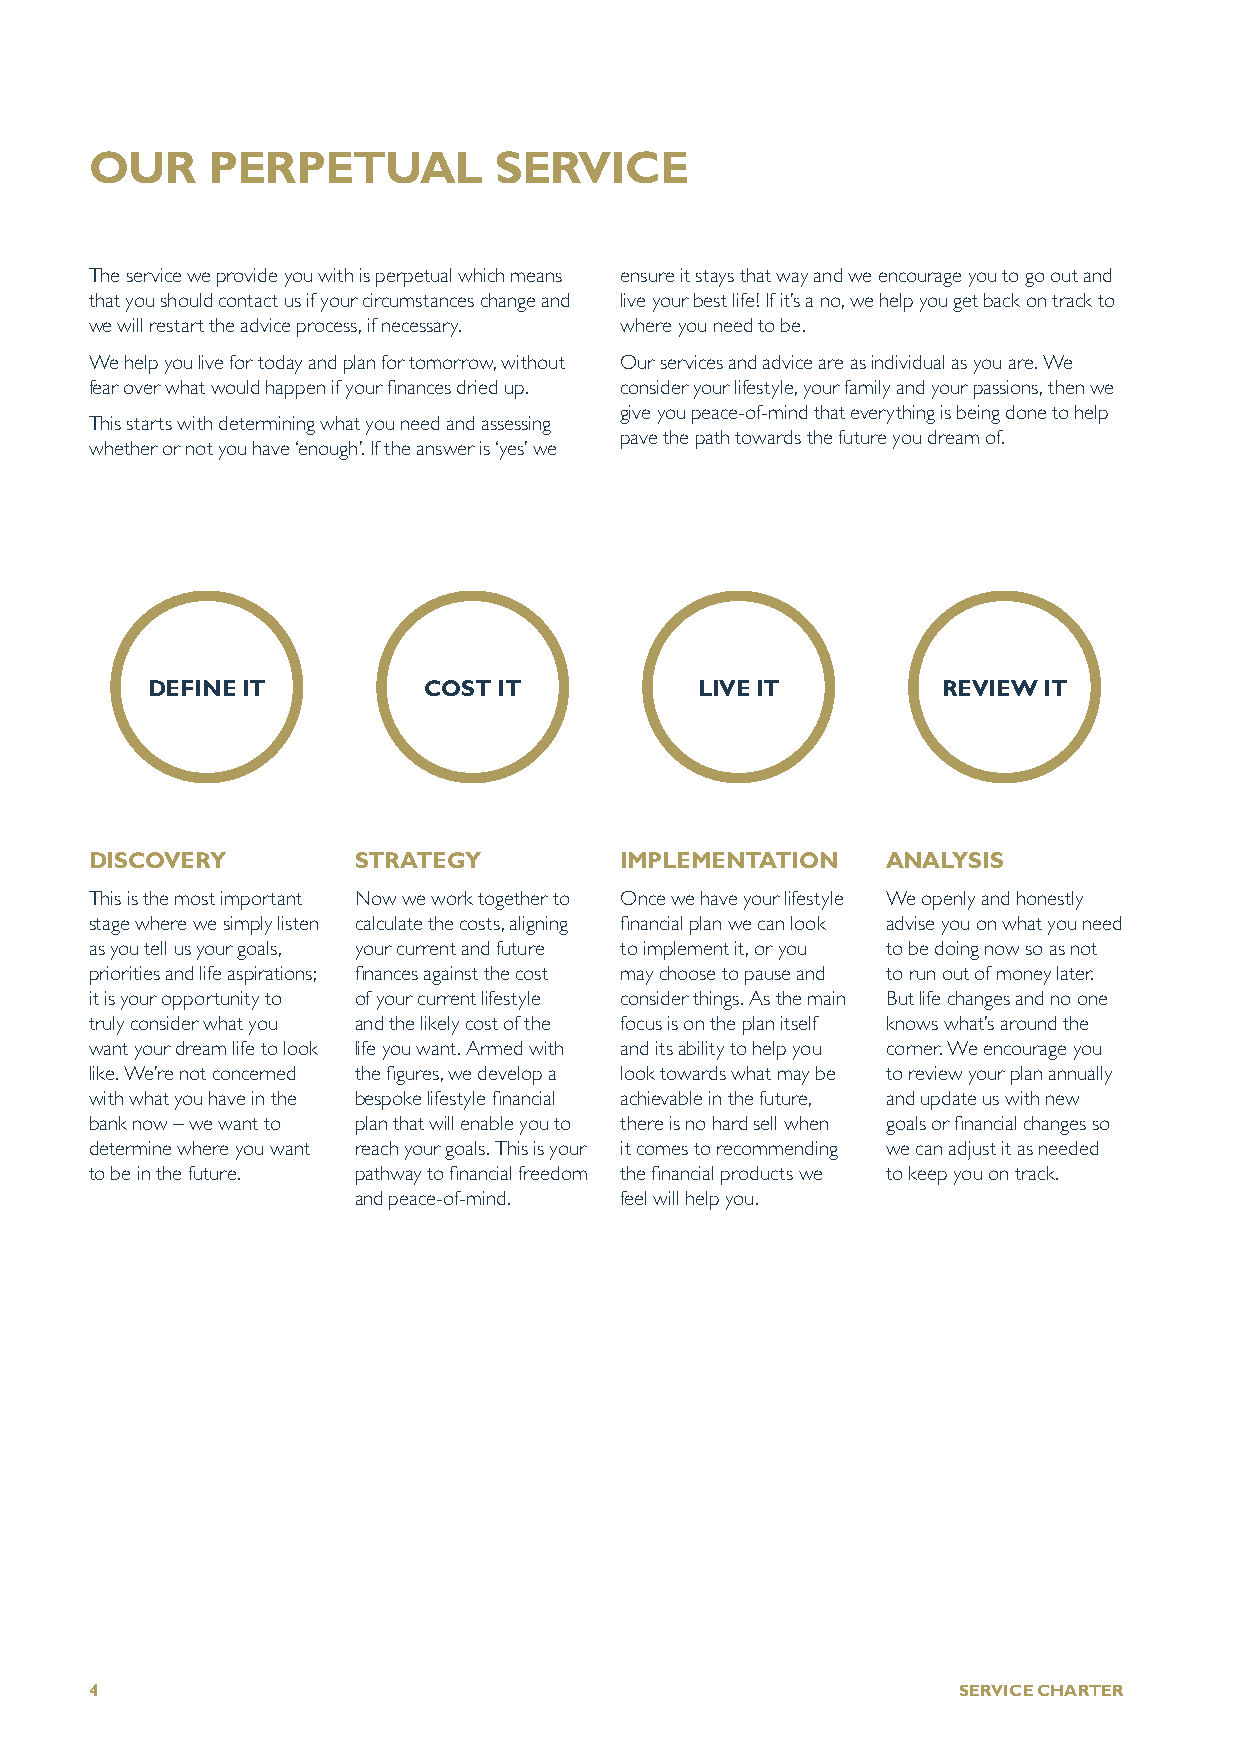
OUR     PERPETUAL          SERVICE
 The service we provide you with is perpetual which means ensure it stays that way and we encourage you to go out and
 that you should contact us if your circumstances change and live your best life! If it’s a no, we help you get back on track to
 we will restart the advice process, if necessary. where you need to be.
 We help you live for today and plan for tomorrow, without Our services and advice are as individual as you are. We
 fear over what would happen if your finances dried up. consider your lifestyle, your family and your passions, then we
 give you peace-of-mind that everything is being done to help
 This starts with determining what you need and assessing
 pave the path towards the future you dream of.
 whether or not you have ‘enough’. If the answer is ‘yes’ we
 DEFINE IT         COST IT           LIVE IT         REVIEW IT
 DISCOVERY        STRATEGY          IMPLEMENTATION    ANALYSIS
 This is the most important Now we work together to Once we have your lifestyle We openly and honestly
 stage where we simply listen calculate the costs, aligning financial plan we can look advise you on what you need
 as you tell us your goals, your current and future to implement it, or you to be doing now so as not
 priorities and life aspirations; finances against the cost may choose to pause and to run out of money later.
 it is your opportunity to of your current lifestyle consider things. As the main But life changes and no one
 truly consider what you and the likely cost of the focus is on the plan itself knows what’s around the
 want your dream life to look life you want. Armed with and its ability to help you corner. We encourage you
 like. We’re not concerned the figures, we develop a look towards what may be to review your plan annually
 with what you have in the bespoke lifestyle financial achievable in the future, and update us with new
 bank now – we want to plan that will enable you to there is no hard sell when goals or financial changes so
 determine where you want reach your goals. This is your it comes to recommending we can adjust it as needed
 to be in the future. pathway to financial freedom the financial products we to keep you on track.
 and peace-of-mind. feel will help you.
 4                                                        SERVICE CHARTER